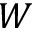
W